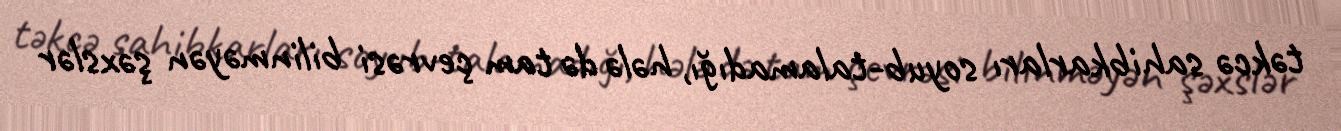
təkcə sahibkarları soyub-talamadığı, hələ də tam çevrəsi bilinməyən şəxslər